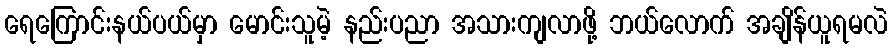
ရေကြောင်းနယ်ပယ်မှာ မောင်းသူမဲ့ နည်းပညာ အသားကျလာဖို့ ဘယ်လောက် အချိန်ယူရမလဲ